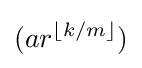
(ar^{\lfloor k/m\rfloor })